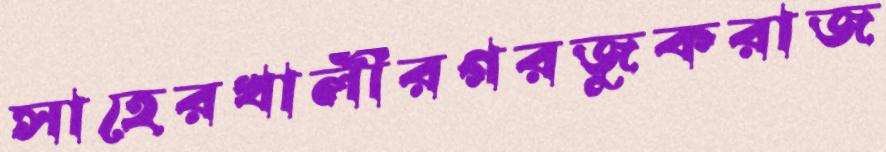
সাহেরখালীরগরজুকরাজ